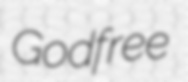
Godfree